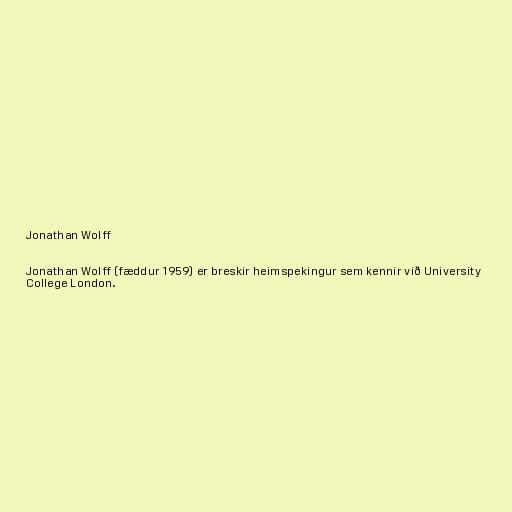
Jonathan Wolff

Jonathan Wolff (fæddur 1959) er breskir heimspekingur sem kennir við University
College London.